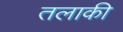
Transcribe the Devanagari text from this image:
तलाकी